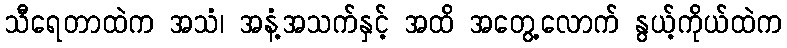
သီရေတာထဲက အသံ၊ အနံ့အသက်နှင့် အထိ အတွေ့လောက် နွယ့်ကိုယ်ထဲက